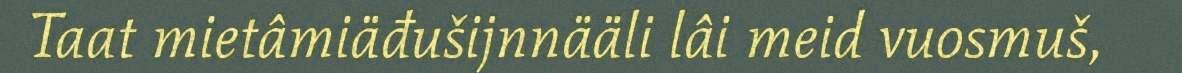
Taat mietâmiäđušijnnääli lâi meid vuosmuš,